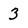
Character: 3